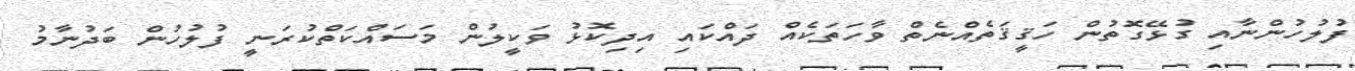
ފުލުހުންނާއި ގުޅޭގޮތުން ހަޤީޤަތެއްނެތް ވާހަތަކެއް ދައްކައި އިދިކޮޅު ވަކީލުން މަސައްކަތްކުރަނީ ފުލުހުން ބަދުނާމު